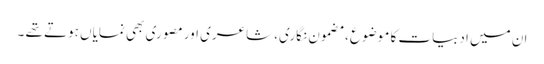
ان میں ادبیات کا موضوع ، مضمون نگاری، شاعری اور مصوری بھی نمایاں ہوتے تھے ۔